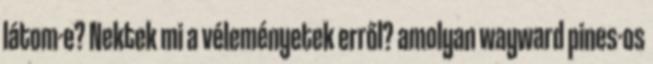
látom-e? Nektek mi a véleményetek erről? amolyan wayward pines-os